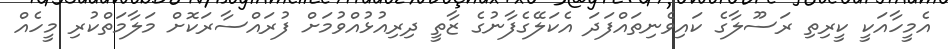
އެމީހާއަކީ ކީރިތި ރަސޫލާގެ ކައިވެނިތައްފަދަ އެކަލޭގެފާނުގެ ޒާތީ ދިރިއުޅުއްވުމަށް ފުރައްސާރަކޮށް މަލާމަތްކުރި މީހެއް